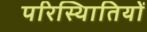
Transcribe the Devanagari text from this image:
परिस्थिातियों